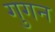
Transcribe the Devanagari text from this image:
गुगन